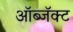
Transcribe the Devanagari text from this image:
ऑब्जॅक्ट